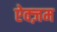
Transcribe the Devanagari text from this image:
ऐक्ज़म